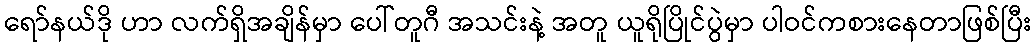
ရော်နယ်ဒို ဟာ လက်ရှိအချိန်မှာ ပေါ်တူဂီ အသင်းနဲ့ အတူ ယူရိုပြိုင်ပွဲမှာ ပါဝင်ကစားနေတာဖြစ်ပြီး